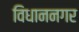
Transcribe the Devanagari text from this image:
विधाननगर